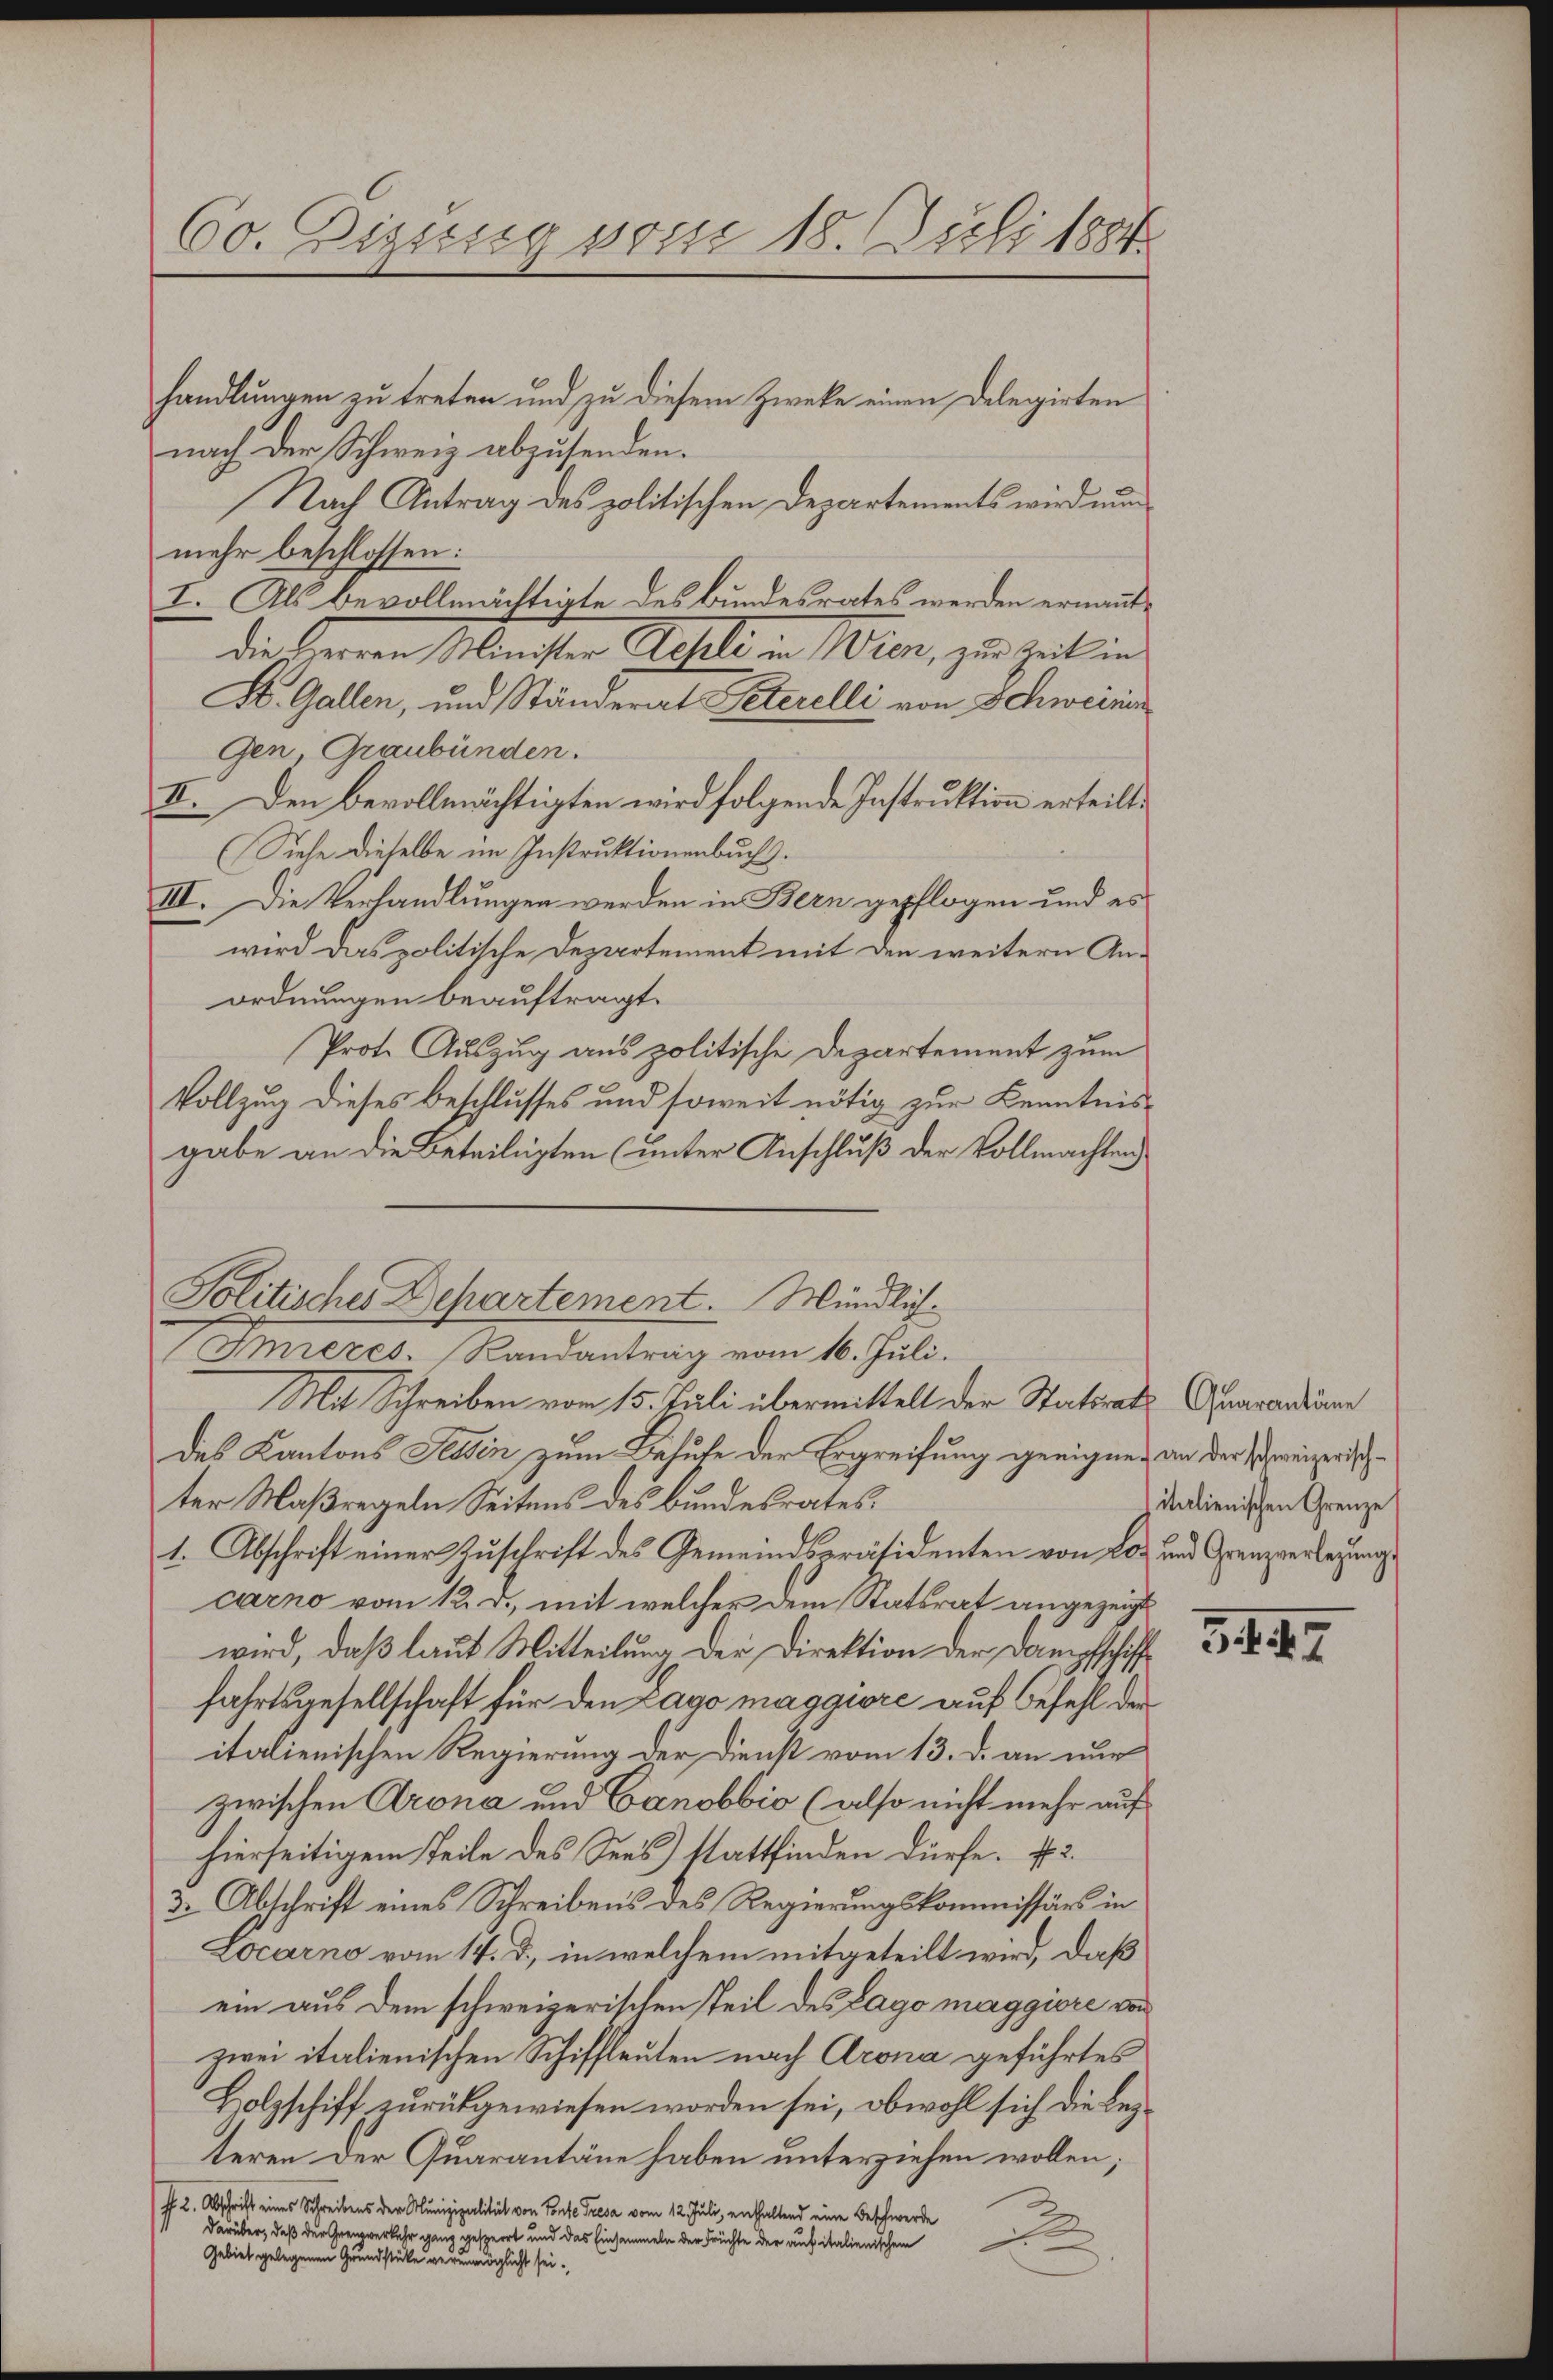
60. Dizung vom 18. Juli 1884

handlungen zu treten und zu diesem Zweke einen Delegirten
nach der Schweiz abzusenden.
Nach Antrag des politischen Departements wird nun
mehr beschlossen:
I. Als bevollmächtigte des Bundesrates werden ernanndie Herren Minister Rehle in Wien, zur Zeit in
K. Gallen, und Ständerat Peterelli von Schweini
gen, Graubünden.
II. Den Bevollmächtigten wird folgende Instruktion erteilt.
Siehe dieselbe im Instruktionenbuch.
III. Die Verhandlungen werden in Bern gepflogen und es
wird das politische Departement mit den weitern Anordnungen beauftragt.
Prote Auszug aus politische Departement zum
Vollzug dieses Beschlusses und soweit nötig zur Kenntnisgabe an die Beteiligten (unter Anschluß der Vollmachten
Politisches Departement. Mündlich.
Inieres. Randantrag vom 16. Juli.
Mit Schreiben vom 15. Juli übermittelt der Statsrats Garandame
des Kantons Tessin zum Behufe der Ergreifung geeignen an der reizerische
ter Maßregeln Seitens des Bundesrates.
1. Abschrift einer Zuschrift des Gemeindspräsidenten von Los und Grenzverlegung
carno vom 12. d., mit welcher dem Statsrat angezeigt
wird, daß laut Mitteilung der Direktion der Dampfschifffahrtsgesellschaft für den Lago maggiore auf Befehl der
italienischen Regierung der Dienst vom 13. d. an nur
zwischen Arona und Canobbio (also nicht mehr auf
hierseitigem Teile des Sees) stattfinden dürfe. 2.
3. Abschrift eines Schreibens des Regierungskommissärs in
Locarno vom 14. d. in welchem mitgeteilt wird, daß
ein aus dem schweizerischen Teil des Lago maggiore von
zwei italienischen Schiffleuten nach Arona geführtes
Holzschiff zurückgewiesen worden sei, obwohl sich die lezteren der Quarantäne haben unterziehen wollen;
ff. 2. Abschrift eines Schreibens der Olunizipalität von Sonte Tresa vom 12. Juli, enthaltend eine Beschwerde
darüber, daß der Grenzverkehr ganz gesperrt und das Einsammeln der Früchte der aus italienischen
Gebiet gelegenen Grundstücke verunmöglicht sei.

italienischen Grenze

34. 47